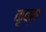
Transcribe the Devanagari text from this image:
कृक्ष